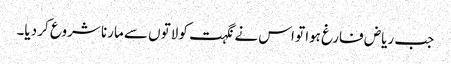
جب ریاض فارغ ہوا تو اس نے نگہت کو لاتوں سے مارنا شروع کر دیا۔